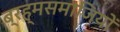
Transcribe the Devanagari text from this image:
ब्रह्मसमाजियों